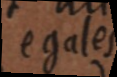
égales